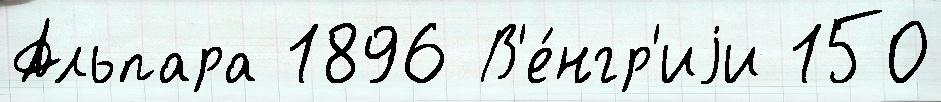
Альпара 1896 В'е́нгр'иjи 150